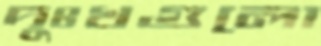
দুঃখগুলো